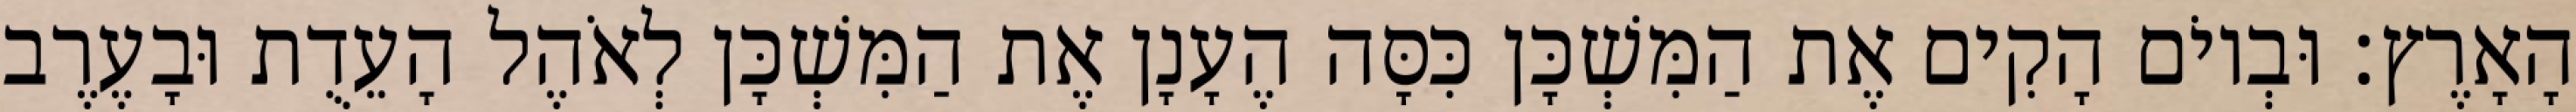
הָאָרֶץ׃ וּבְיוֹם הָקִים אֶת הַמִּשְׁכָּן כִּסָּה הֶעָנָן אֶת הַמִּשְׁכָּן לְאֹהֶל הָעֵדֻת וּבָעֶרֶב